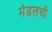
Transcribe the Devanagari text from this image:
मंडलची